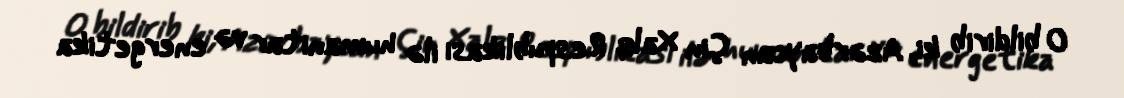
O bildirib ki, Azərbaycan Çin Xalq Respublikası ilə humanitar və energetika